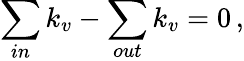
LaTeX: \sum_{in}k_{v}-\sum_{out}k_{v}=0\, ,